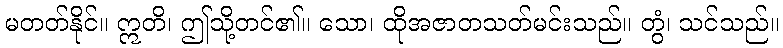
မတတ်နိုင်။ ဣတိ၊ ဤသို့တင်၏။ သော၊ ထိုအဇာတသတ်မင်းသည်။ တွံ၊ သင်သည်။